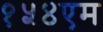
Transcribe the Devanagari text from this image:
१५४एम